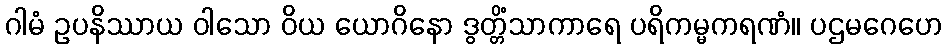
ဂါမံ ဥပနိဿာယ ဝါသော ဝိယ ယောဂိနော ဒွတ္တိံသာကာရေ ပရိကမ္မကရဏံ။ ပဌမဂေဟေ